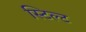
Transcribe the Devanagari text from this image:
स्टिल्ट